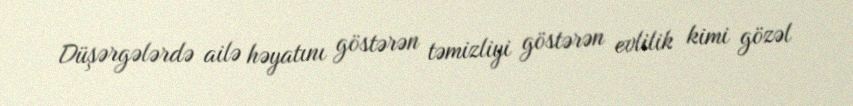
Düşərgələrdə ailə həyatını göstərən təmizliyi göstərən evlilik kimi gözəl